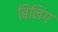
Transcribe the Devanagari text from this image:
बिनिंग